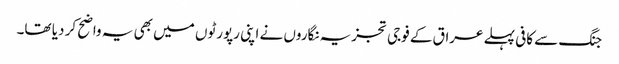
جنگ سے کافی پہلے عراق کے فوجی تجزیہ نگاروں نے اپنی رپورٹوں میں بھی یہ واضح کر دیا تھا۔